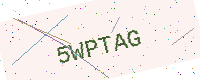
Text: 5WPTAG